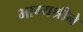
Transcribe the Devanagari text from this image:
भाग्यश्रीने